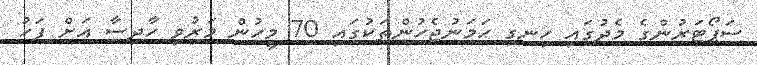
ސަޕޯޓަރުންގެ މެދުގައި ހިނގި ހަމަނުޖެހުންތަކުގައި 70 މީހުން މަރުވި ހާދިސާ އަށް ފަހު